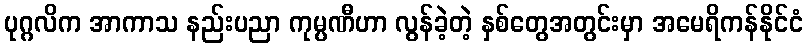
ပုဂ္ဂလိက အာကာသ နည်းပညာ ကုမ္ပဏီဟာ လွန်ခဲ့တဲ့ နှစ်တွေအတွင်းမှာ အမေရိကန်နိုင်ငံ